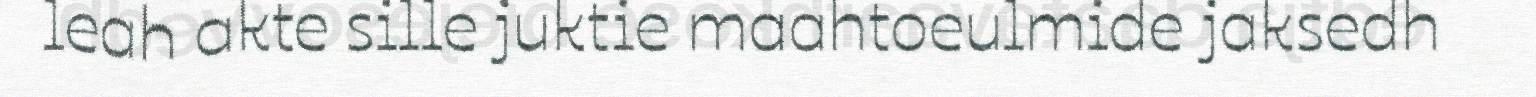
leah akte sille juktie maahtoeulmide jaksedh